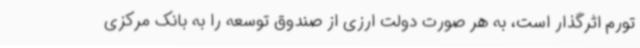
تورم اثرگذار است، به هر صورت دولت ارزی از صندوق توسعه را به بانک مرکزی